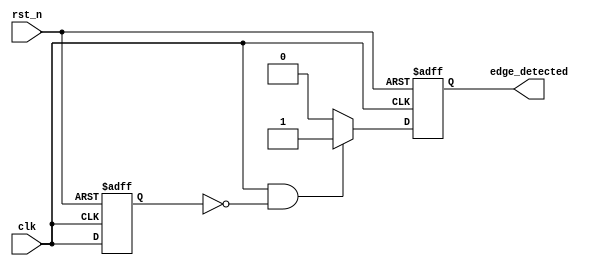
module pos_edge_detector (
    input wire clk,            // Input signal to detect edges
    input wire rst_n,         // Active low reset signal
    output reg edge_detected   // Output: single pulse for each rising edge
);

    reg previous_state; // Register to hold previous state of the input signal

    // D Flip-Flop to sample the input on the rising edge of the clock
    always @(posedge clk or negedge rst_n) begin
        if (!rst_n) begin
            previous_state <= 1'b0; // Reset previous state
        end else begin
            previous_state <= clk;   // Capture current state
        end
    end

    // Edge Detection Logic
    always @(posedge clk or negedge rst_n) begin
        if (!rst_n) begin
            edge_detected <= 1'b0;   // Reset output
        end else begin
            // Detect rising edge: current state high and previous state low
            if (clk == 1'b1 && previous_state == 1'b0) begin
                edge_detected <= 1'b1; // Set pulse high on edge detected
            end else begin
                edge_detected <= 1'b0;  // Reset pulse otherwise
            end
        end
    end

endmodule